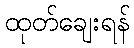
ထုတ်ချေးရန်